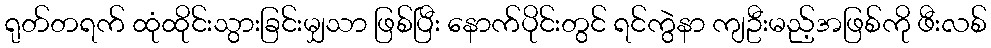
ရုတ်တရက် ထုံထိုင်းသွားခြင်းမျှသာ ဖြစ်ပြီး နောက်ပိုင်းတွင် ရင်ကွဲနာ ကျဦးမည့်အဖြစ်ကို ဖီးလစ်